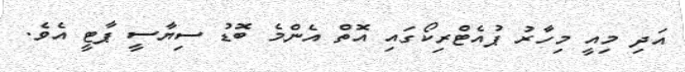
އަދި މިއީ މިހާރު ޕުއެޓްރިކޯގައި އޮތް އެންމެ ބޮޑު ސިޔާސީ ޕާޓީ އެވެ.